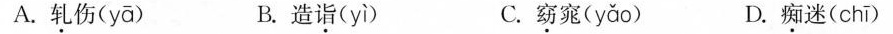
A.轧伤 (y ā) B.造诣( yì ) C.窈窕( yǎo ) D.痴迷( chī )